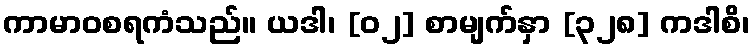
ကာမာဝစရကံသည်။ ယဒါ၊ [၀၂] စာမျက်နှာ [၃၂၈] ကဒါစိ၊